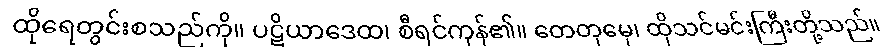
ထိုရေတွင်းစသည်ကို။ ပဋိယာဒေထ၊ စီရင်ကုန်၏။ တေတုမှေ၊ ထိုသင်မင်းကြီးတို့သည်။